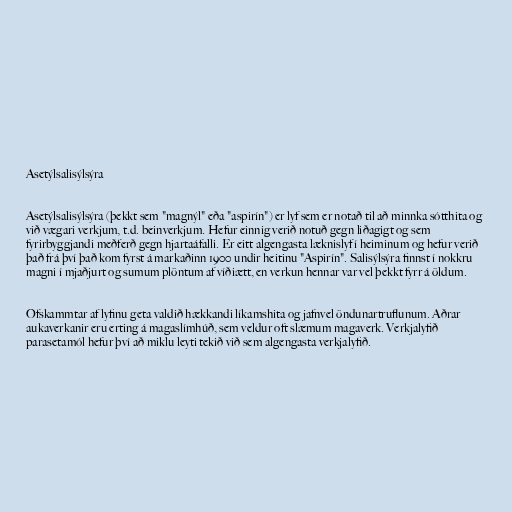
Asetýlsalisýlsýra

Asetýlsalisýlsýra (þekkt sem "magnýl" eða "aspirín") er lyf sem er notað til að minnka sótthita og
við vægari verkjum, t.d. beinverkjum. Hefur einnig verið notuð gegn liðagigt og sem
fyrirbyggjandi meðferð gegn hjartaáfalli. Er eitt algengasta læknislyf í heiminum og hefur verið
það frá því það kom fyrst á markaðinn 1900 undir heitinu "Aspirín". Salisýlsýra finnst í nokkru
magni í mjaðjurt og sumum plöntum af víðiætt, en verkun hennar var vel þekkt fyrr á öldum.

Ofskammtar af lyfinu geta valdið hækkandi líkamshita og jafnvel öndunartruflunum. Aðrar
aukaverkanir eru erting á magaslímhúð, sem veldur oft slæmum magaverk. Verkjalyfið
parasetamól hefur því að miklu leyti tekið við sem algengasta verkjalyfið.